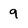
Character: 9